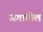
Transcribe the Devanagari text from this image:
जगांतील